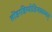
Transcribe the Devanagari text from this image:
तोंडरडिप्पोडियाळ्वार्